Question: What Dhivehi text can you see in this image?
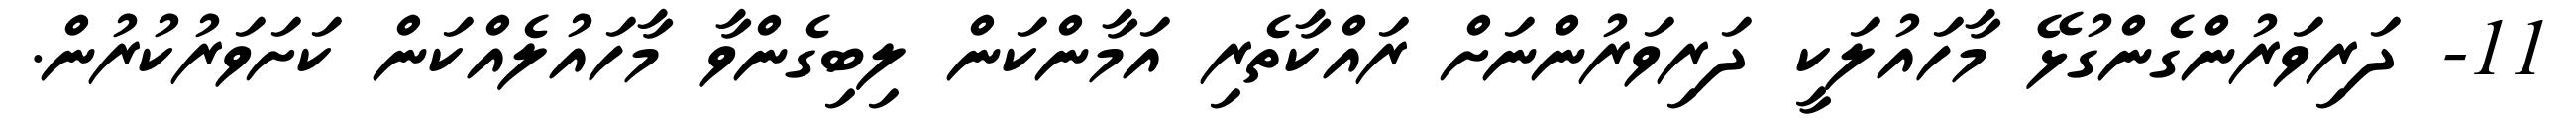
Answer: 11- ދަރިވަރުންގެންގުޅޭ މާހައުލަކީ ދަރިވަރުންނަށް ރައްކާތެރި އަމާންކަން ލިބިގެންވާ މާހައުލެއްކަން ކަށަވަރުކުރުން.